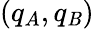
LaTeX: (q_{A},q_{\mathit{B}})